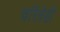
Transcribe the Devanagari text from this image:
चरित्रेही